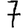
Digit: 7